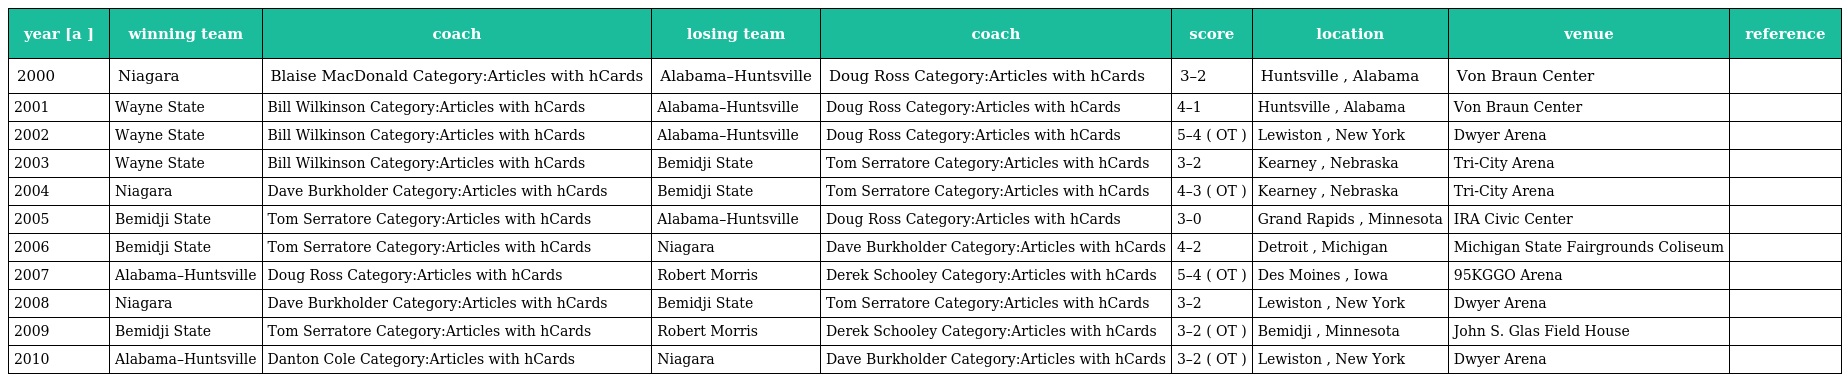
| year [a ] | winning team | coach | losing team | coach | score | location | venue | reference |
 | --- | --- | --- | --- | --- | --- | --- | --- | --- |
 | 2000 | Niagara | Blaise MacDonald Category:Articles with hCards | Alabama–Huntsville | Doug Ross Category:Articles with hCards | 3–2 | Huntsville , Alabama | Von Braun Center |  |
 | 2001 | Wayne State | Bill Wilkinson Category:Articles with hCards | Alabama–Huntsville | Doug Ross Category:Articles with hCards | 4–1 | Huntsville , Alabama | Von Braun Center |  |
 | 2002 | Wayne State | Bill Wilkinson Category:Articles with hCards | Alabama–Huntsville | Doug Ross Category:Articles with hCards | 5–4 ( OT ) | Lewiston , New York | Dwyer Arena |  |
 | 2003 | Wayne State | Bill Wilkinson Category:Articles with hCards | Bemidji State | Tom Serratore Category:Articles with hCards | 3–2 | Kearney , Nebraska | Tri-City Arena |  |
 | 2004 | Niagara | Dave Burkholder Category:Articles with hCards | Bemidji State | Tom Serratore Category:Articles with hCards | 4–3 ( OT ) | Kearney , Nebraska | Tri-City Arena |  |
 | 2005 | Bemidji State | Tom Serratore Category:Articles with hCards | Alabama–Huntsville | Doug Ross Category:Articles with hCards | 3–0 | Grand Rapids , Minnesota | IRA Civic Center |  |
 | 2006 | Bemidji State | Tom Serratore Category:Articles with hCards | Niagara | Dave Burkholder Category:Articles with hCards | 4–2 | Detroit , Michigan | Michigan State Fairgrounds Coliseum |  |
 | 2007 | Alabama–Huntsville | Doug Ross Category:Articles with hCards | Robert Morris | Derek Schooley Category:Articles with hCards | 5–4 ( OT ) | Des Moines , Iowa | 95KGGO Arena |  |
 | 2008 | Niagara | Dave Burkholder Category:Articles with hCards | Bemidji State | Tom Serratore Category:Articles with hCards | 3–2 | Lewiston , New York | Dwyer Arena |  |
 | 2009 | Bemidji State | Tom Serratore Category:Articles with hCards | Robert Morris | Derek Schooley Category:Articles with hCards | 3–2 ( OT ) | Bemidji , Minnesota | John S. Glas Field House |  |
 | 2010 | Alabama–Huntsville | Danton Cole Category:Articles with hCards | Niagara | Dave Burkholder Category:Articles with hCards | 3–2 ( OT ) | Lewiston , New York | Dwyer Arena |  |